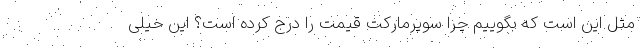
مثل این است که بگوییم چرا سوپرمارکت قیمت را درج کرده است؟ این خیلی